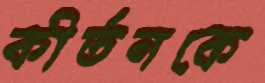
কীর্তনকে